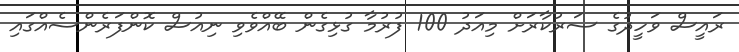
ރައީސް ވަހީދުގެ ސަރުކާރަށް މިއަދު 100 ފުރުމާ ގުޅިގެން ބޭއްވެވި ނިއުސް ކޮންފަރެންސެއްގައި